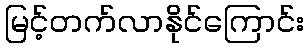
မြင့်တက်လာနိုင်ကြောင်း